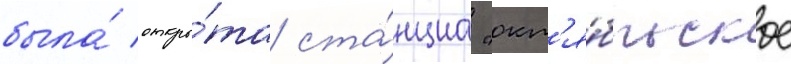
была́ откры́та ста́нциа "окт'я́брьское